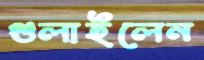
গুলাইলেন